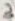
Text: 3